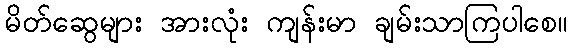
မိတ်ဆွေများ အားလုံး ကျန်းမာ ချမ်းသာကြပါစေ။